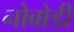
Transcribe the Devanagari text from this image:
नोबोडी